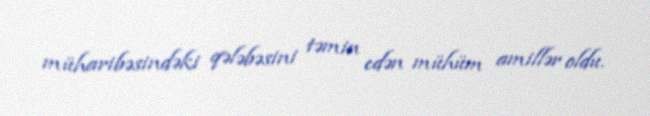
müharibəsindəki qələbəsini təmin edən mühüm amillər oldu.